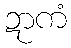
ဍာကံ